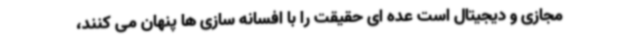
مجازی و دیجیتال است عده ای حقیقت را با افسانه سازی ها پنهان می کنند،